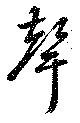
声